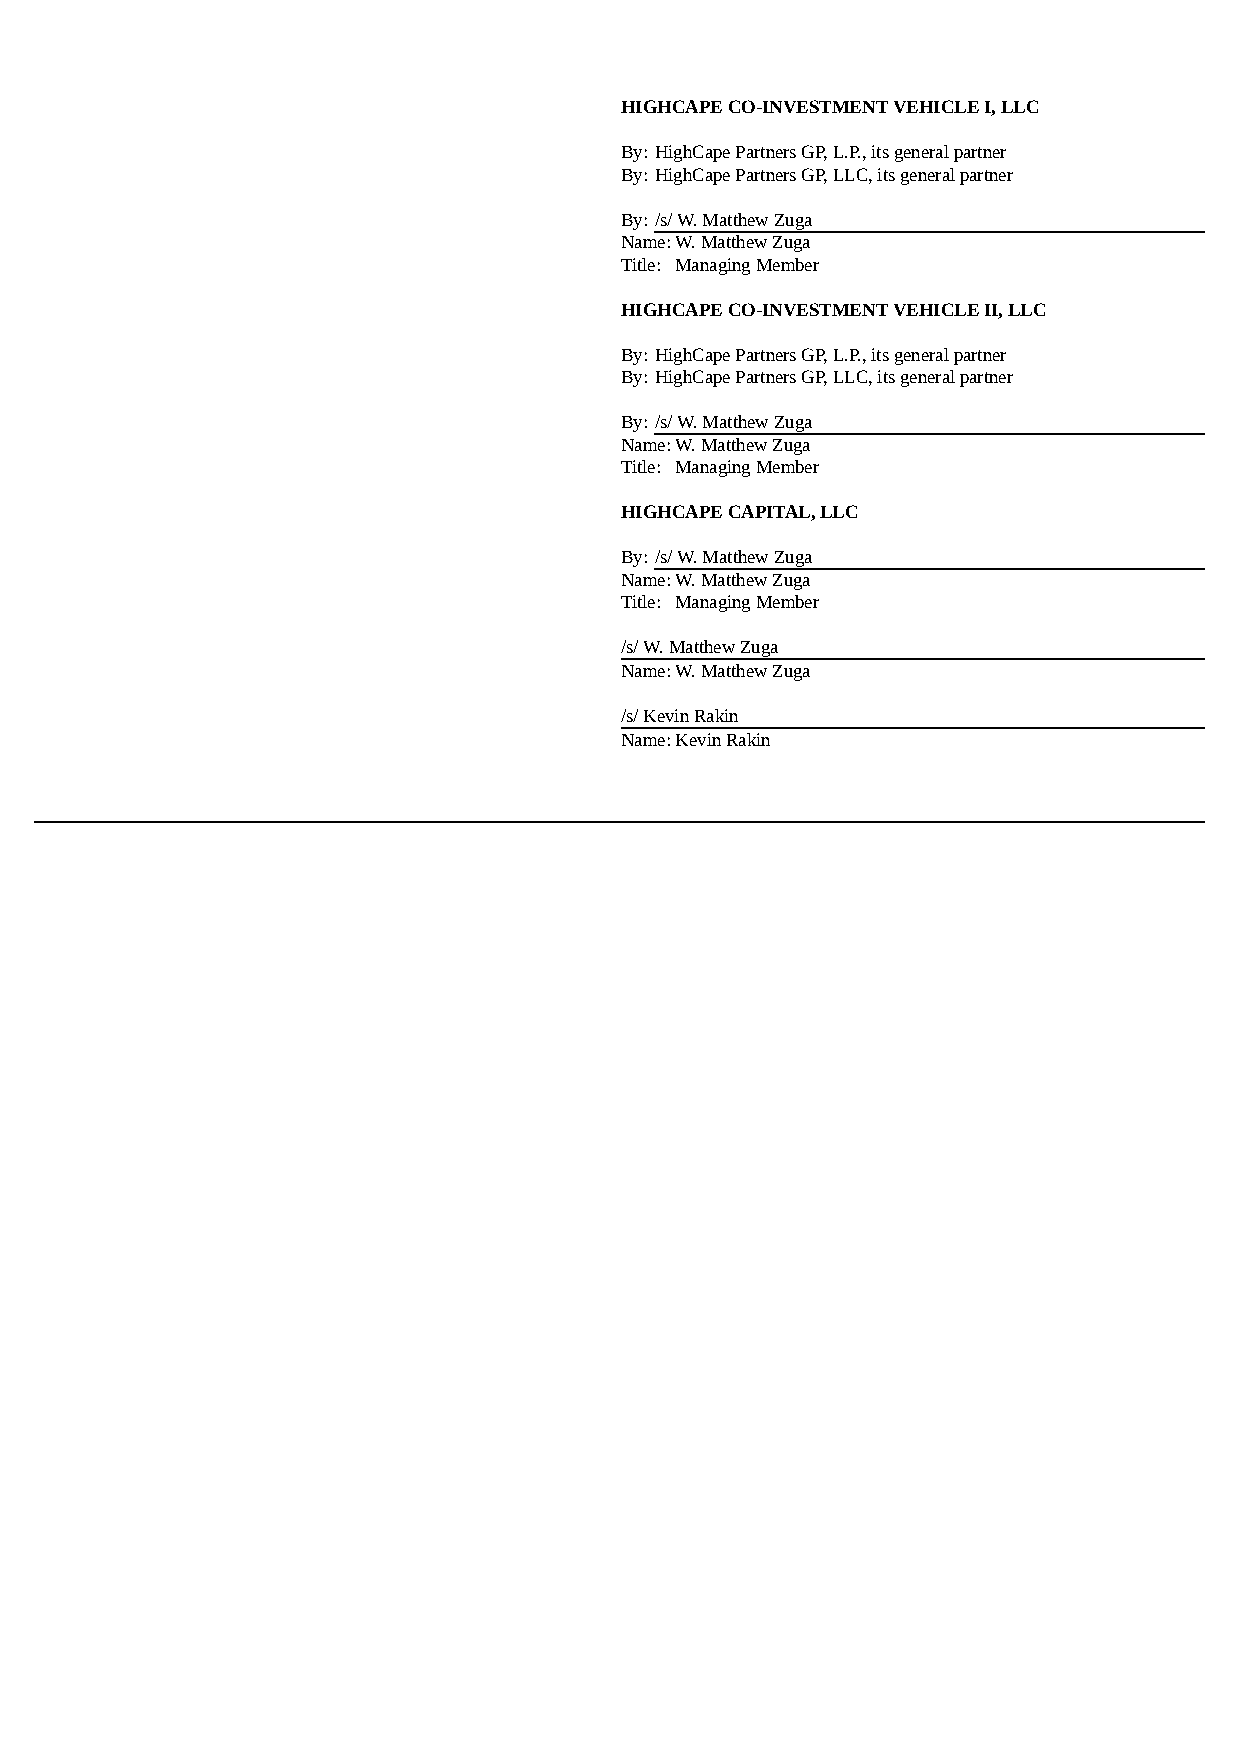
HIGHCAPE CO-INVESTMENT VEHICLE I, LLC
 By: HighCape Partners GP, L.P., its general partner
 By: HighCape Partners GP, LLC, its general partner
 By: /s/ W. Matthew Zuga
 Name: W. Matthew Zuga
 Title: Managing Member
 HIGHCAPE CO-INVESTMENT VEHICLE II, LLC
 By: HighCape Partners GP, L.P., its general partner
 By: HighCape Partners GP, LLC, its general partner
 By: /s/ W. Matthew Zuga
 Name: W. Matthew Zuga
 Title: Managing Member
 HIGHCAPE CAPITAL, LLC
 By: /s/ W. Matthew Zuga
 Name: W. Matthew Zuga
 Title: Managing Member
 /s/ W. Matthew Zuga
 Name: W. Matthew Zuga
 /s/ Kevin Rakin
 Name: Kevin Rakin